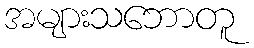
အများသဘောတူ